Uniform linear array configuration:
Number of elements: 48
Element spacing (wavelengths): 1
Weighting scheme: hamming
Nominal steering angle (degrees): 0
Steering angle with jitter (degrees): -0.9145
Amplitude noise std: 0.05
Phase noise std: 0.05

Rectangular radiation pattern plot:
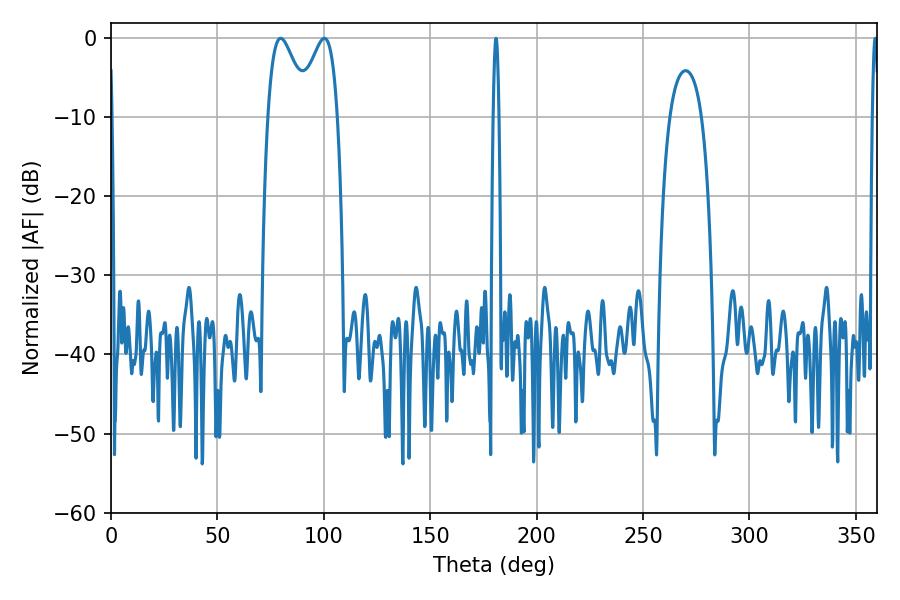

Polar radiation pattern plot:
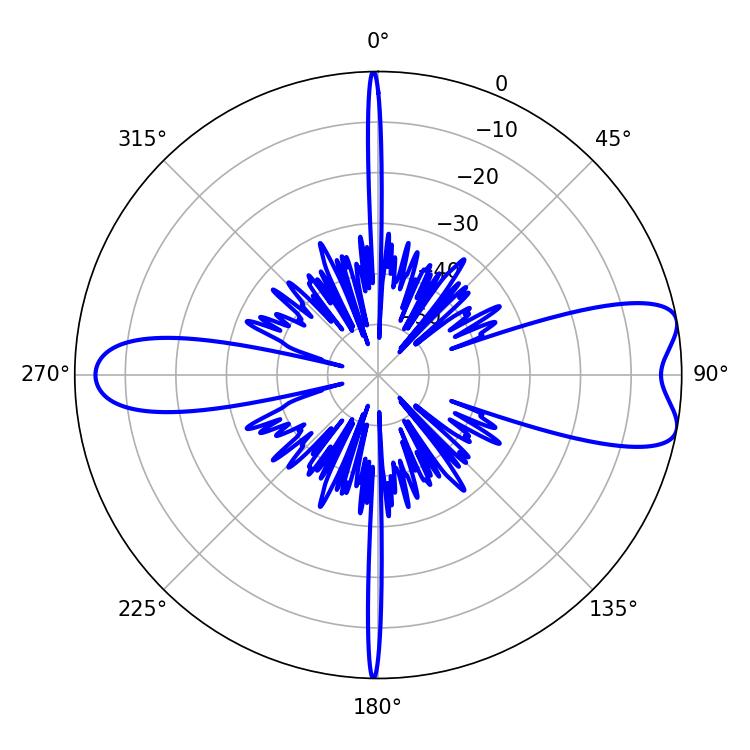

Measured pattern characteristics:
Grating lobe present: TRUE
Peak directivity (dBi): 8.535
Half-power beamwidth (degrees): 9.9
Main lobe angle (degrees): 79.74